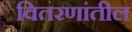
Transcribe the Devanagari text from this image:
वितरणांतील